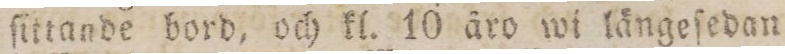
ſittande bord, och kl. 10 åro wi längeſedan